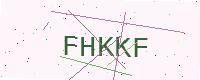
Text: FHKKF